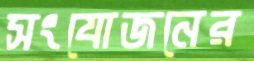
সংযোজনের